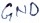
Text: GND